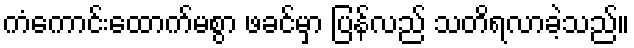
ကံကောင်းထောက်မစွာ ဖခင်မှာ ပြန်လည် သတိရလာခဲ့သည်။